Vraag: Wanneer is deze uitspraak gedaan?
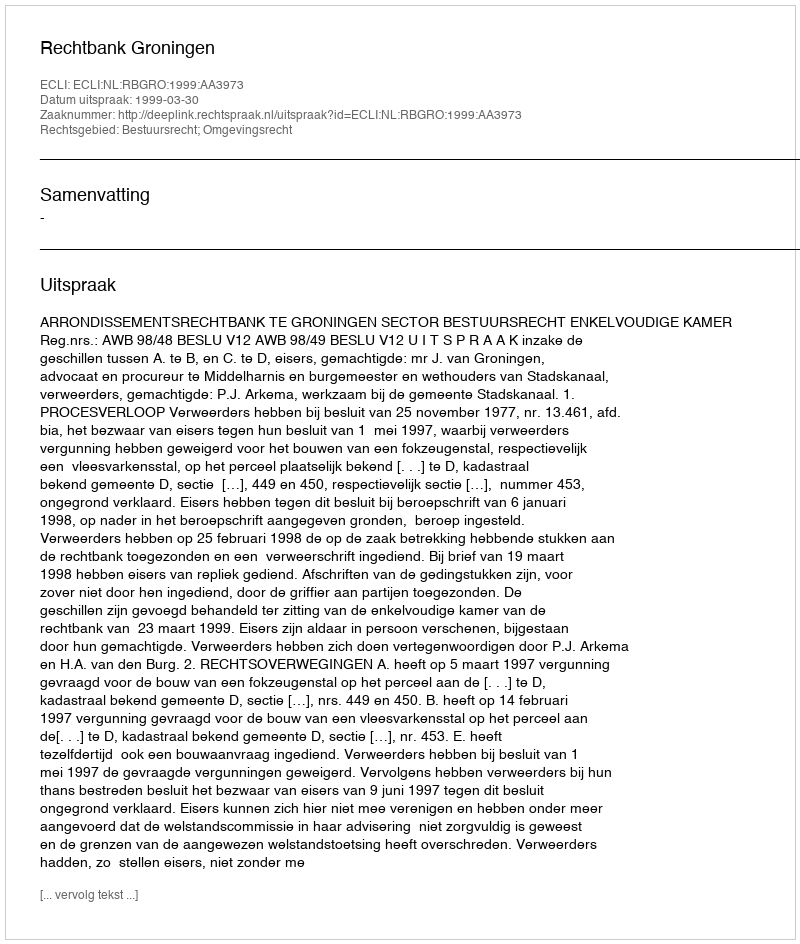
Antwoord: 1999-03-30